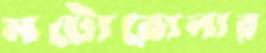
মটোরোলার